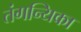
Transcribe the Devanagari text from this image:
तंगन्यिका